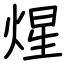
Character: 煋